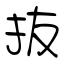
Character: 抜